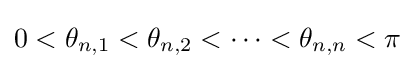
0<\theta _{n,1}<\theta _{n,2}<\cdots <\theta _{n,n}<\pi